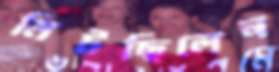
মিটছিলেন